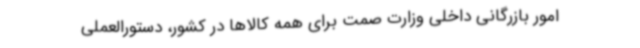
امور بازرگانی داخلی وزارت صمت برای همه کالاها در کشور، دستورالعملی